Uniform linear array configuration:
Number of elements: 48
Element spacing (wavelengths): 0.75
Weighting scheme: binomial
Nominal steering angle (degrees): -60
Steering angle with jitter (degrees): -61.37
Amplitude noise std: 0.05
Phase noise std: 0.05

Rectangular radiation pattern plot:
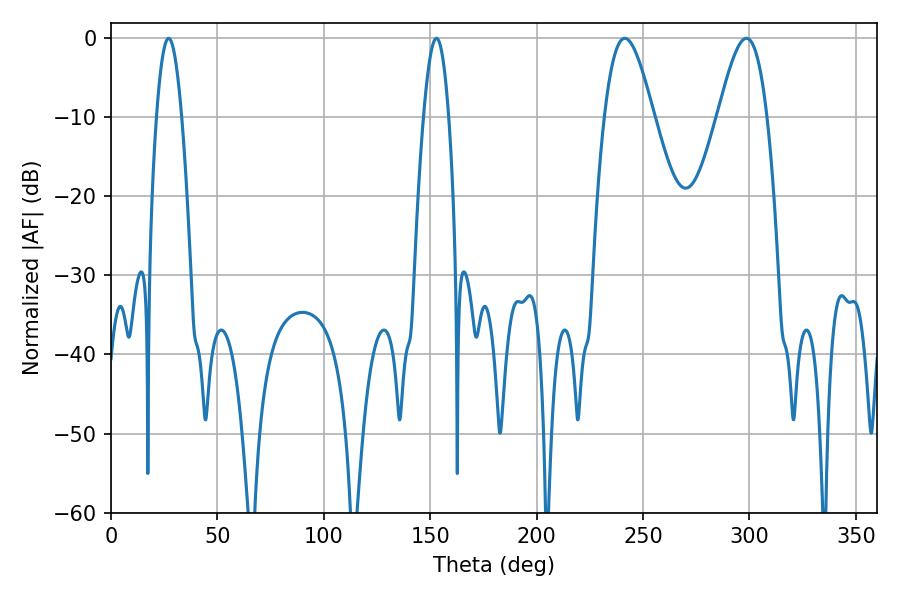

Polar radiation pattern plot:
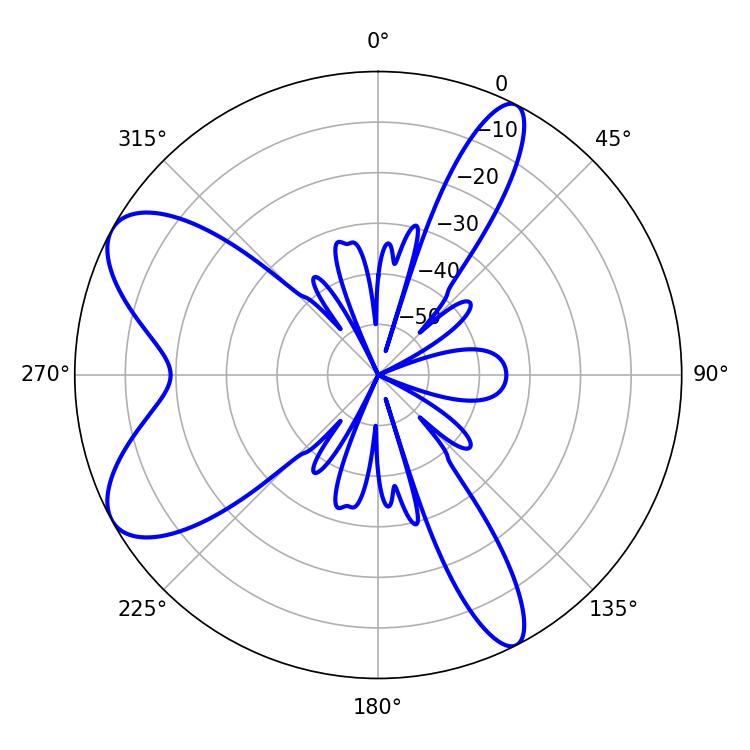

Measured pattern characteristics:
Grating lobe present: TRUE
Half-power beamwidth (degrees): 12.42
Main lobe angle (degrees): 241.38